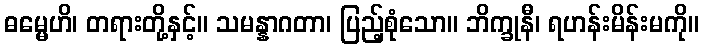
ဓမ္မေဟိ၊ တရားတို့နှင့်။ သမန္နာဂတာ၊ ပြည့်စုံသော။ ဘိက္ခုနီ၊ ရဟန်းမိန်းမကို။